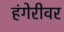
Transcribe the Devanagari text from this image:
हंगेरीवर